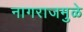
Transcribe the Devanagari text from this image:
नागराजमुळे